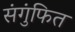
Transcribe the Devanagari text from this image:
संगुंफित